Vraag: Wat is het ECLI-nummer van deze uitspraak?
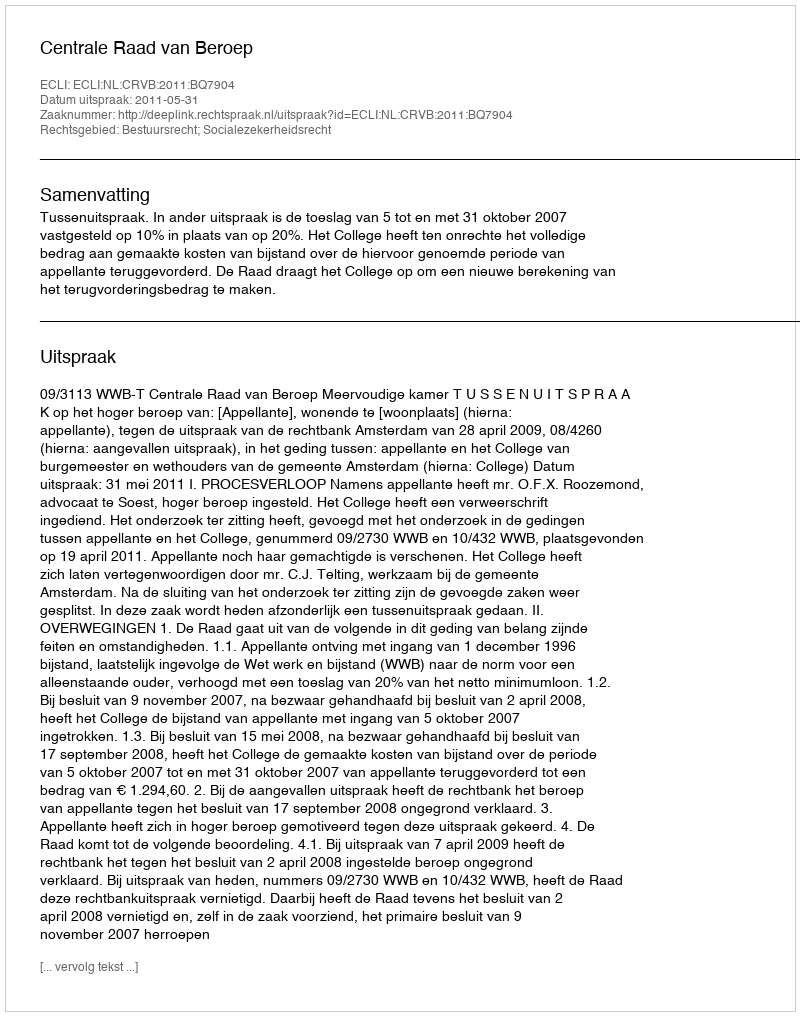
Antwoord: ECLI:NL:CRVB:2011:BQ7904